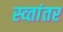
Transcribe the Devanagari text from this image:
स्व्तांतर